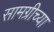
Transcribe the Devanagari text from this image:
सामग्रीच्या